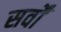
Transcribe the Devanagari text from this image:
सर्वों